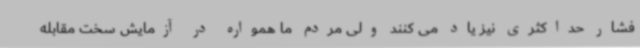
فشار حداکثری نیز یاد می کنند ولی مردم ما همواره در آزمایش سخت مقابله